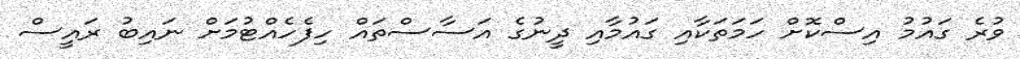
ވުރެ ގައުމު އިސްކޮށް ހަމަތަކާއި ގައުމާއި ދީނުގެ އަސާސްތައް ހިފެހެއްޓުމަށް ނައިބު ރައީސް